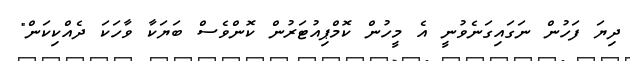
ދިޔަ ފަހުން ނަގައިގަނެވުނީ އެ މީހުން ކޮމްޕިއުޓަރުން ކޮންވެސް ބަޔަކާ ވާހަކަ ދެއްކިކަން"